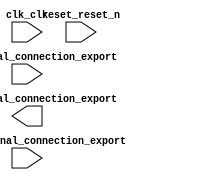

module hello_world_demo (
	clk_clk,
	key_external_connection_export,
	led_external_connection_export,
	reset_reset_n,
	switch_external_connection_export);	

	input		clk_clk;
	input	[1:0]	key_external_connection_export;
	output		led_external_connection_export;
	input		reset_reset_n;
	input		switch_external_connection_export;
endmodule